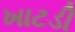
ખાટડી